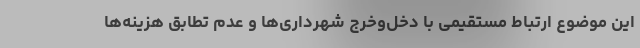
این موضوع ارتباط مستقیمی با دخل‌وخرج شهرداری‌ها و عدم تطابق هزینه‌ها